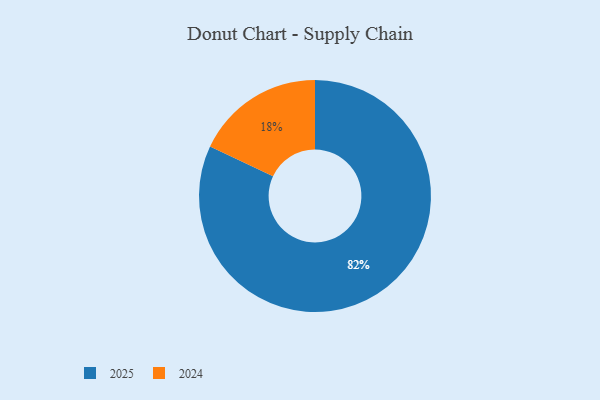
{"axis": {"x": "Category", "y": "Percentage"}, "legend": ["2024", "2025"], "data": [{"x": "2025", "y": 82, "type": "2025"}, {"x": "2024", "y": 18, "type": "2024"}]}